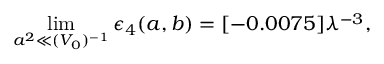
\operatorname * { l i m } _ { a ^ { 2 } \ll ( V _ { 0 } ) ^ { - 1 } } \epsilon _ { 4 } ( a , b ) = [ - 0 . 0 0 7 5 ] \lambda ^ { - 3 } ,